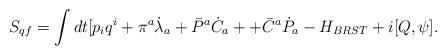
LaTeX: \begin{align*}S_{qf} = \int dt[p_iq^i + \pi^a\dot\lambda_a + \bar{P}^a\dot C_a ++ \bar{C}^a \dot P_a- H_{BRST} + i[Q, \psi].\end{align*}